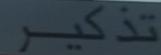
تذكير